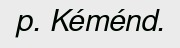
p. Kéménd.